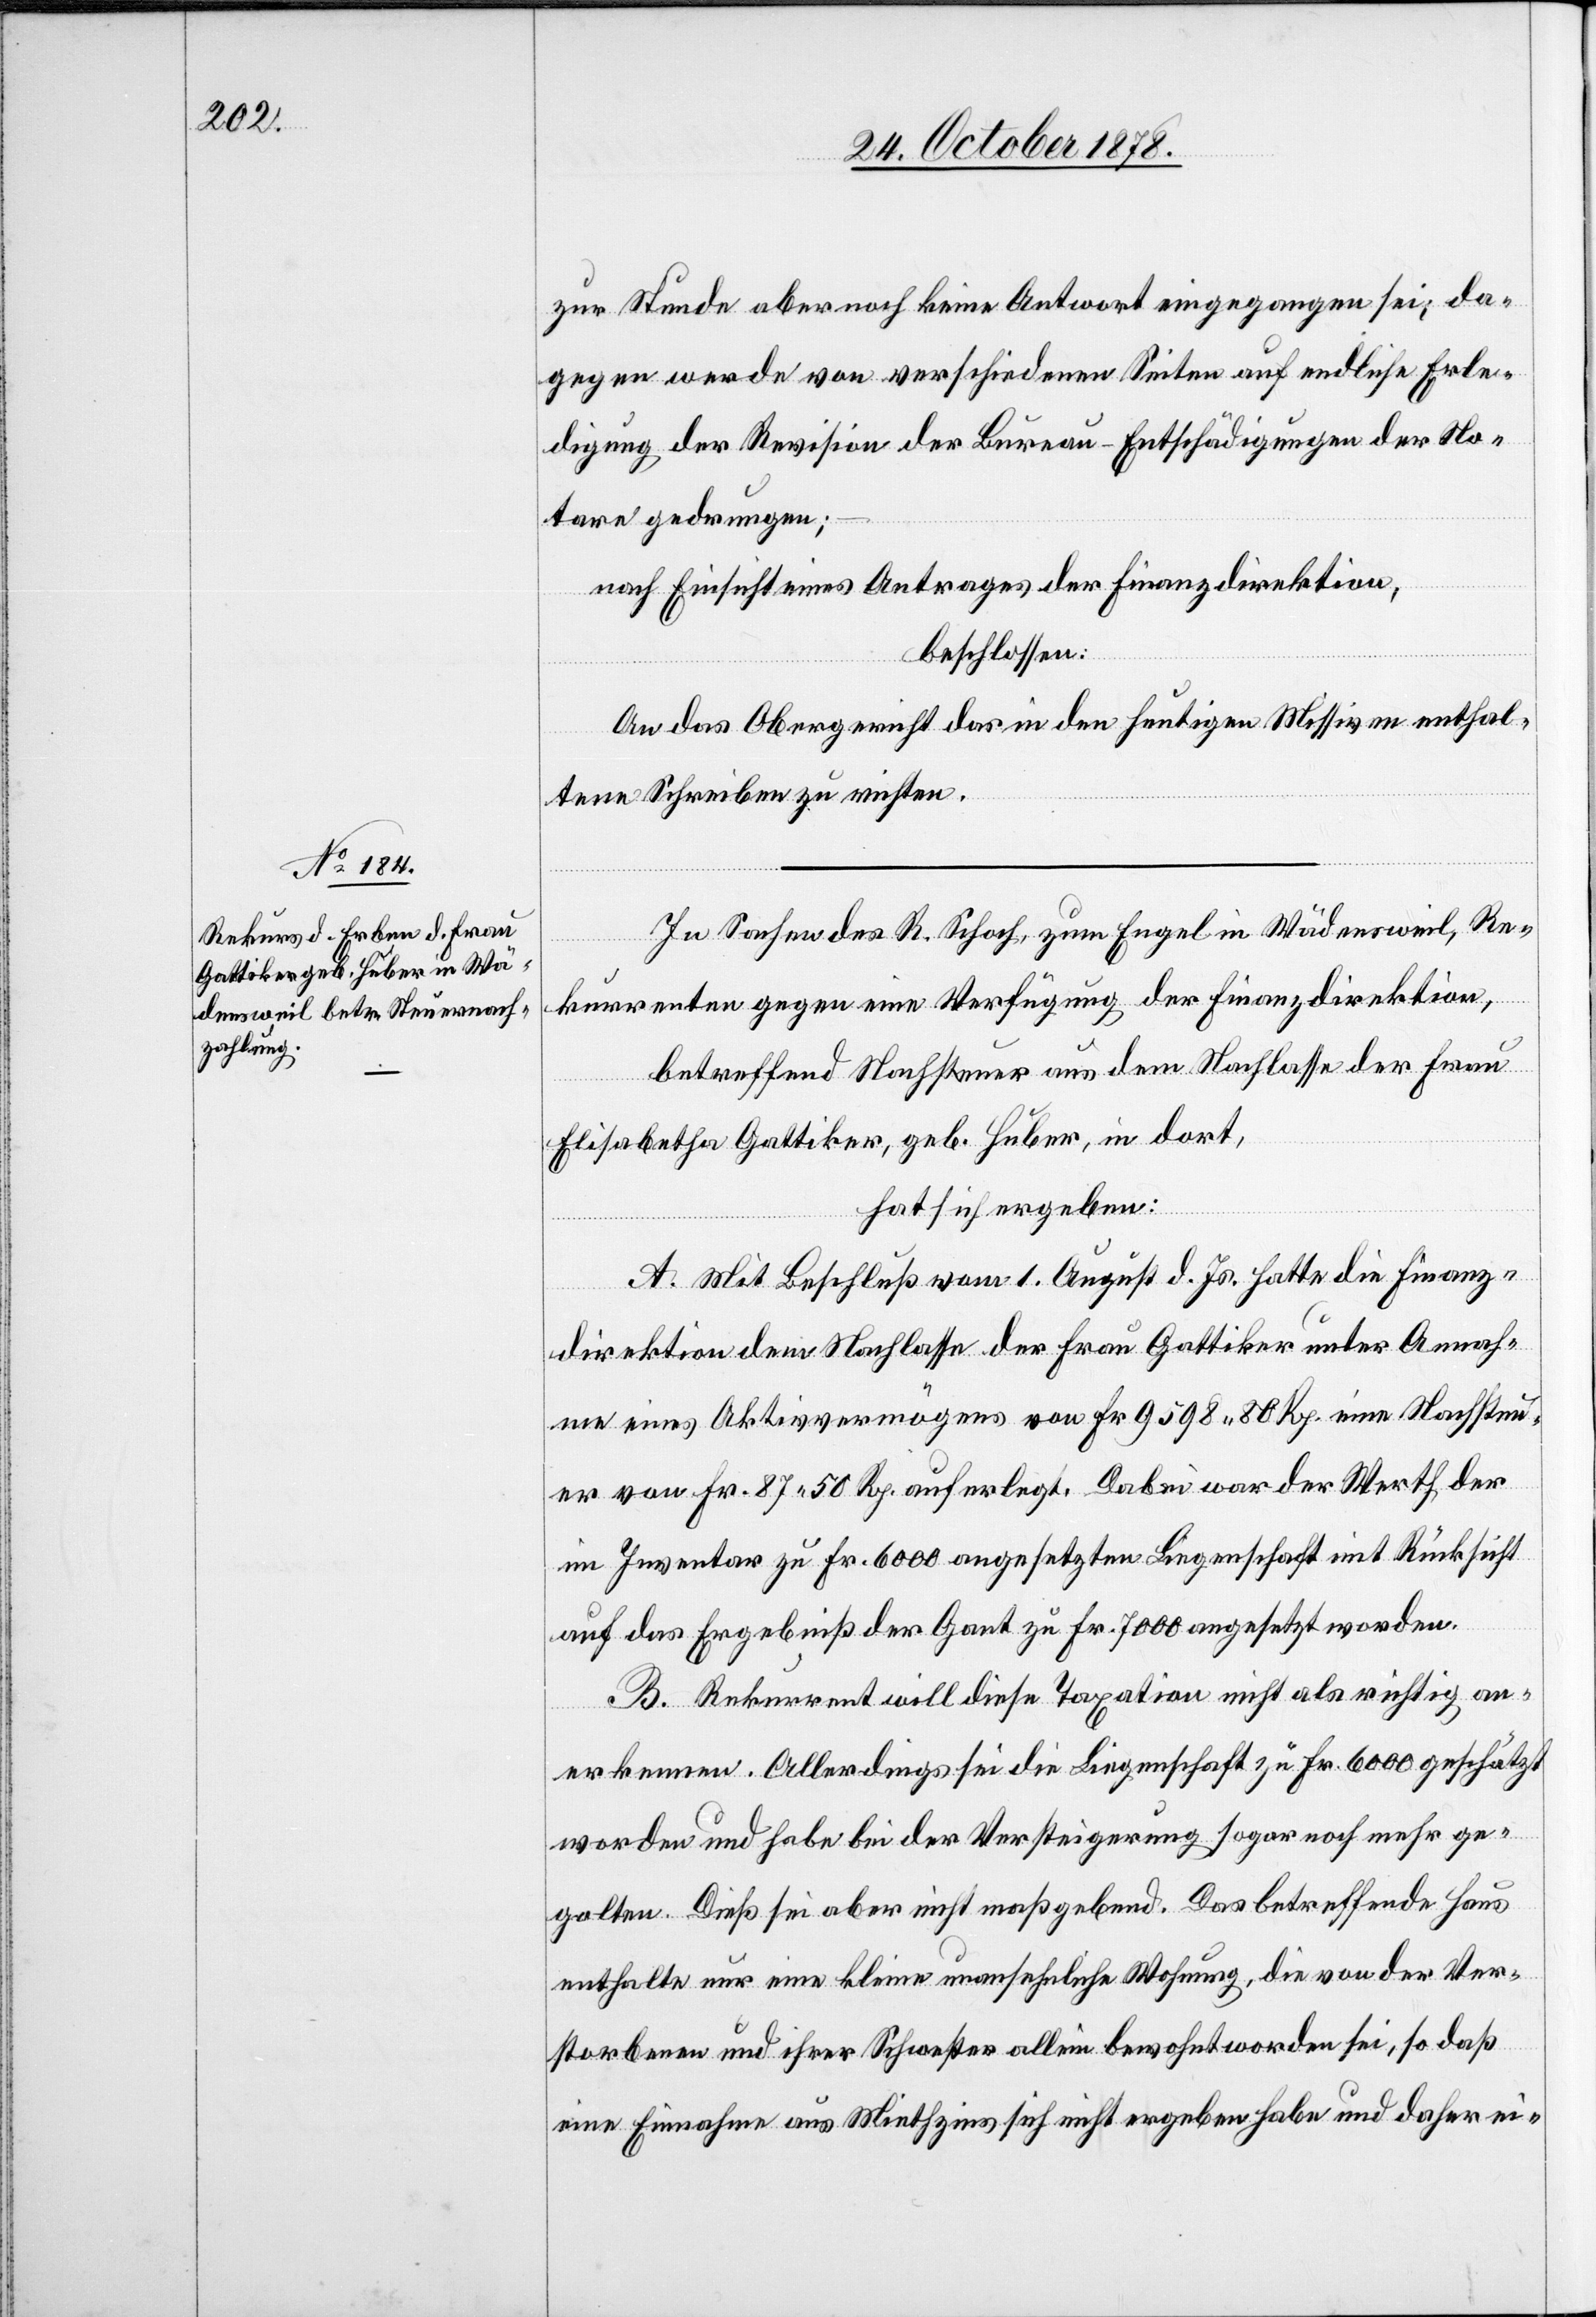
zur Stunde aber noch keine Antwort eingegangen sei; da¬
gegen werde von verschiedenen Seiten auf endliche Erle¬
digung der Revision der Bureau-Entschädigungen der No¬
tare gedrungen;
nach Einsicht eines Antrages der Finanzdirektion,
beschlossen:
An das Obergericht das in den heutigen Missiven enthal¬
tene Schreiben zu richten.
In Sachen des R. Schoch, zum Engel in Wädensweil, Re¬
kurrenten gegen eine Verfügung der Finanzdirektion,
betreffend Nachsteuer aus dem Nachlasse der Frau
Elisabetha Gattiker, geb. Huber, in dort,
hat sich ergeben:
A. Mit Beschluß vom 1. August d. Js. hatte die Finanz¬
direktion dem Nachlasse der Frau Gattiker unter Annah¬
me eines Aktivvermögens von Fr. 9598 80 Rp. eine Nachsteu¬
er von Fr. 87 50 Rp. auferlegt. Dabei war der Werth der
im Inventar zu Fr. 6000 angesetzten Liegenschaft mit Rücksicht
auf das Ergebniß der Gant zu Fr. 7000 angesetzt worden.
B. Rekurrent will diese Taxation nicht als richtig an¬
erkennen. Allerdings sei die Liegenschaft zu Fr. 6000 geschätzt
worden und habe bei der Versteigerung sogar noch mehr ge¬
halten. Dieß sei aber nicht maßgebend. Das betreffende Haus
enthalte nur eine kleine unansehliche Wohnung, die von der ver¬
storbenen und ihrer Schwester allein bewohnt worden sei, so daß
eine Einnahme aus Mietzhsins sich nicht ergeben habe und daher ei-